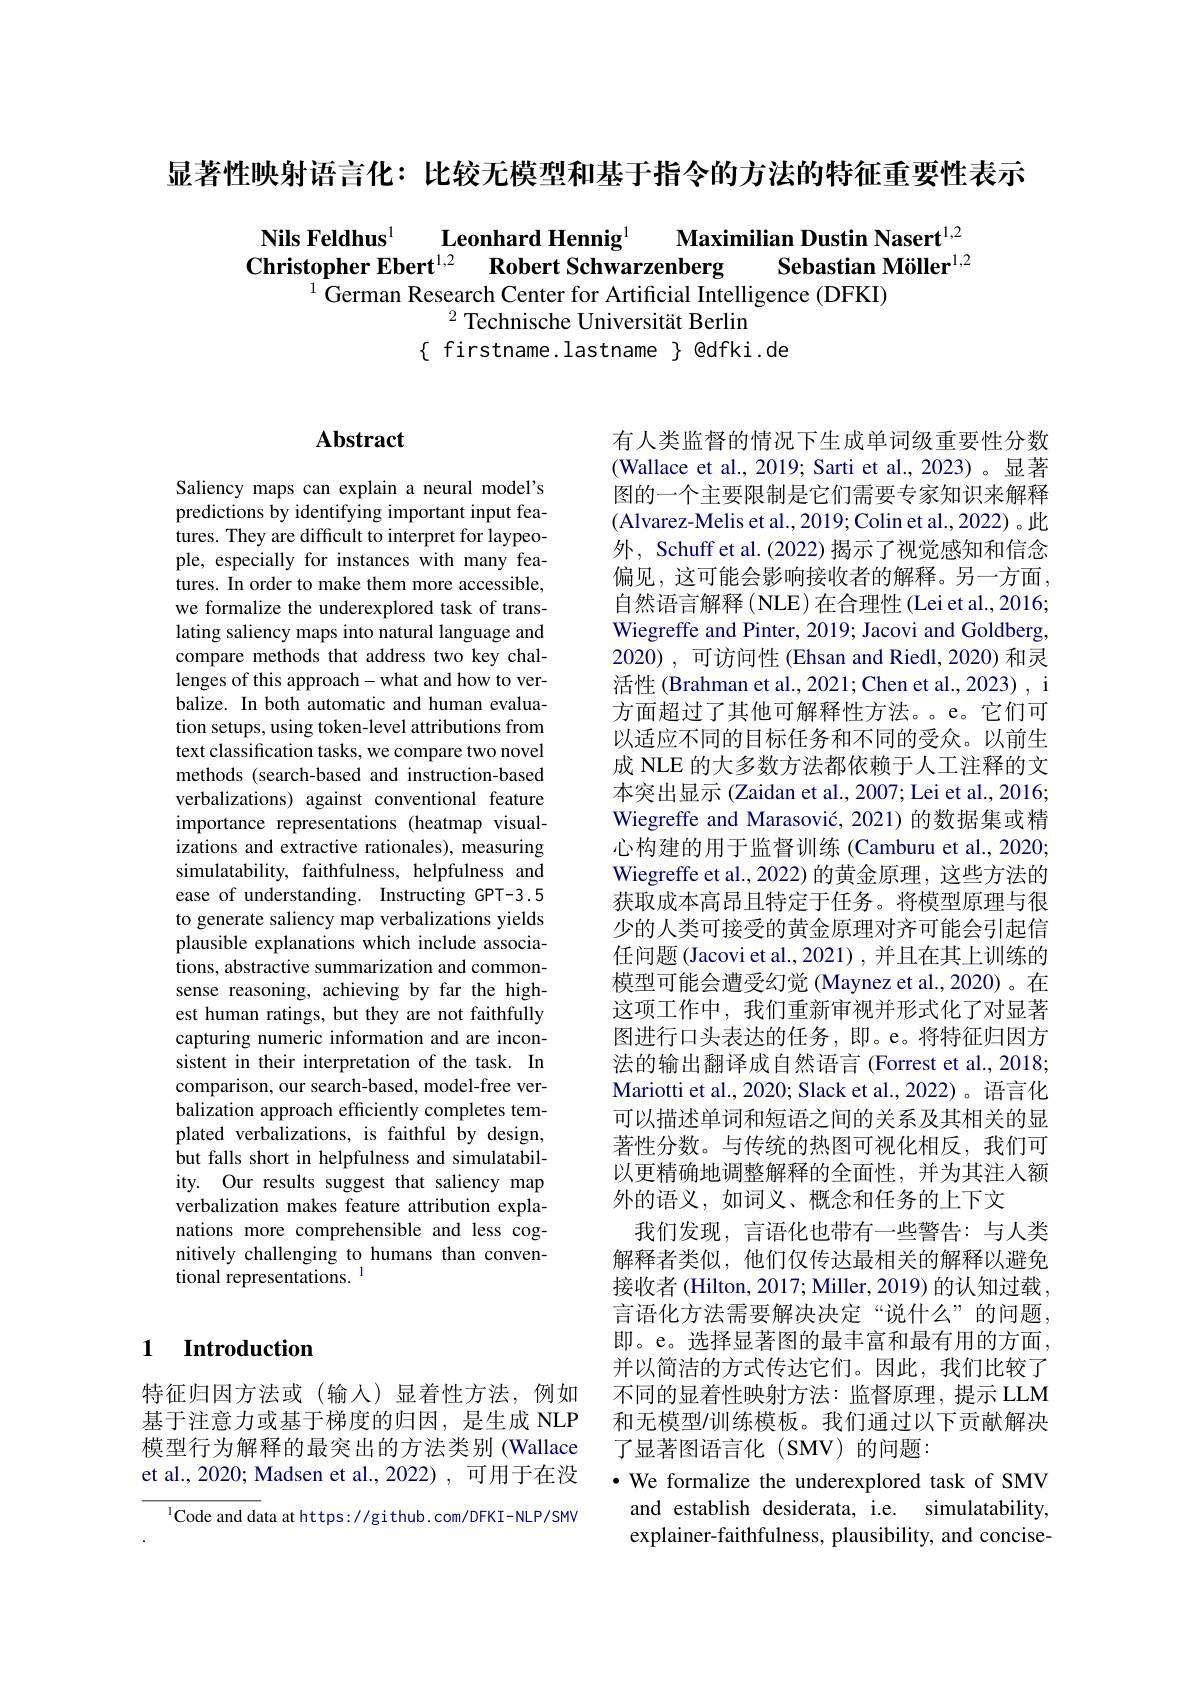
显著性映射语言化：比较无模型和基于指令的方法的特征重要性表示

Nils Feldhus$^{1}$
Leonhard Hennig$^{1}$ Maximilian Dustin Nasert$^{1,2}$
Sebastian Möller$^{1,2}$
Christopher Ebert$^{1,2}$ Robert Schwarzenberg
$^{1}$German Research Center for Artificial Intelligence (DFKI)
$^{2}$ Technische Universität Berlin
$\{$ firstname.lastname $\}$ @dfki.de

# Abstract

Saliency maps can explain a neural model's predictions by identifying important input features. They are difficult to interpret for laypeople, especially for instances with many features. In order to make them more accessible, we formalize the underexplored task of translating saliency maps into natural language and compare methods that address two key challenges of this approach-what and how to verbalize. In both automatic and human evaluation setups, using token-level attributions from text classification tasks, we compare two novel methods (search-based and instruction-based verbalizations) against conventional feature importance representations (heatmap visualizations and extractive rationales), measuring simulatability, faithfulness, helpfulness and ease of understanding. Instructing GPT-3.5 to generate saliency map verbalizations yields plausible explanations which include associations, abstractive summarization and commonsense reasoning, achieving by far the highest human ratings, but they are not faithfully capturing numeric information and are inconsistent in their interpretation of the task. In comparison, our search-based, model-free verbalization approach efficiently completes templated verbalizations, is faithful by design, but falls short in helpfulness and simulatability. Our results suggest that saliency map verbalization makes feature attribution explanations more comprehensible and less cognitively challenging to humans than conventional representations. $^{\mathrm{l}}$

### 1 $\textbf{Introduction}$

特征归因方法或(输入)显着性方法，例如基于注意力或基于梯度的归因，是生成 NLP 模型行为解释的最突出的方法类别 (Wallace et al., 2020; Madsen et al., 2022) , 可用于在没

$^{1}$Code and data at https://gi thub.com/DFKI-NLP/SMV

有人类监督的情况下生成单词级重要性分数(Wallace et al., 2019; Sarti et al., 2023) 。显著图的一个主要限制是它们需要专家知识来解释(Alvarez-Melis et al., 2019; Colin et al., 2022) 。此外，Schuff et al. (2022) 揭示了视觉感知和信念偏见，这可能会影响接收者的解释。另一方面， 自然语言解释 (NLE)在合理性 (Lei et al.,2016; Wiegreffe and Pinter, 2019; Jacovi and Goldberg. 2020),可访问性 (Ehsan and Riedl, 2020) 和灵活性 (Brahman et al., 2021; Chen et al., 2023) , i 方面超过了其他可解释性方法。。e。它们可以适应不同的目标任务和不同的受众。以前生成 NLE 的大多数方法都依赖于人工注释的文本突出显示 (Zaidan et al., 2007; Lei et al., 2016; Wiegreffe and Marasović, 2021) 的数据集或精心构建的用于监督训练 (Camburu et al., 2020) Wiegreffe et al., 2022) 的黄金原理，这些方法的获取成本高昂且特定于任务。将模型原理与很少的人类可接受的黄金原理对齐可能会引起信任问题 (Jacovi et al., 2021) , 并且在其上训练的模型可能会遭受幻觉 (Maynez et al.,2020)。在这项工作中，我们重新审视并形式化了对显著图进行口头表达的任务，即。e。将特征归因方法的输出翻译成自然语言 (Forrest et al., 2018; Mariotti et al., 2020; Slack et al., 2022)。语言化可以描述单词和短语之间的关系及其相关的显著性分数。与传统的热图可视化相反，我们可以更精确地调整解释的全面性，并为其注人额外的语义，如词义、概念和任务的上下文
我们发现，言语化也带有一些警告：与人类解释者类似，他们仅传达最相关的解释以避免接收者 (Hilton, 2017; Miller, 2019) 的认知过载， 言语化方法需要解决决定“说什么”的问题， 即。e。选择显著图的最丰富和最有用的方面， 并以简洁的方式传达它们。因此，我们比较了不同的显着性映射方法：监督原理，提示 LLM 和无模型/训练模板。我们通过以下贡献解决了显著图语言化(SMV)的问题：
$\bullet$ We formalize the underexplored task of SMV and establish desiderata, i.e. simulatability, explainer-faithfulness, plausibility, and concise-